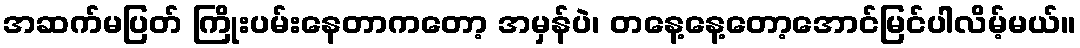
အဆက်မပြတ် ကြိုးပမ်းနေတာကတော့ အမှန်ပဲ၊ တနေ့နေ့တော့အောင်မြင်ပါလိမ့်မယ်။